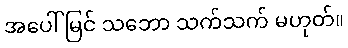
အပေါ်မြင် သဘော သက်သက် မဟုတ်။